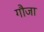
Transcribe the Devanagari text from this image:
गौजा